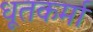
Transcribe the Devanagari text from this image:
धूतकर्मा